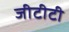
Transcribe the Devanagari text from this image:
जीटीटी